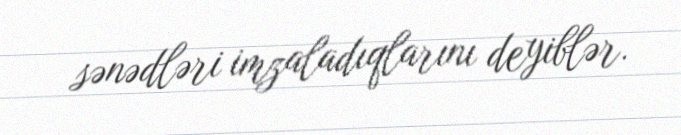
sənədləri imzaladıqlarını deyiblər.